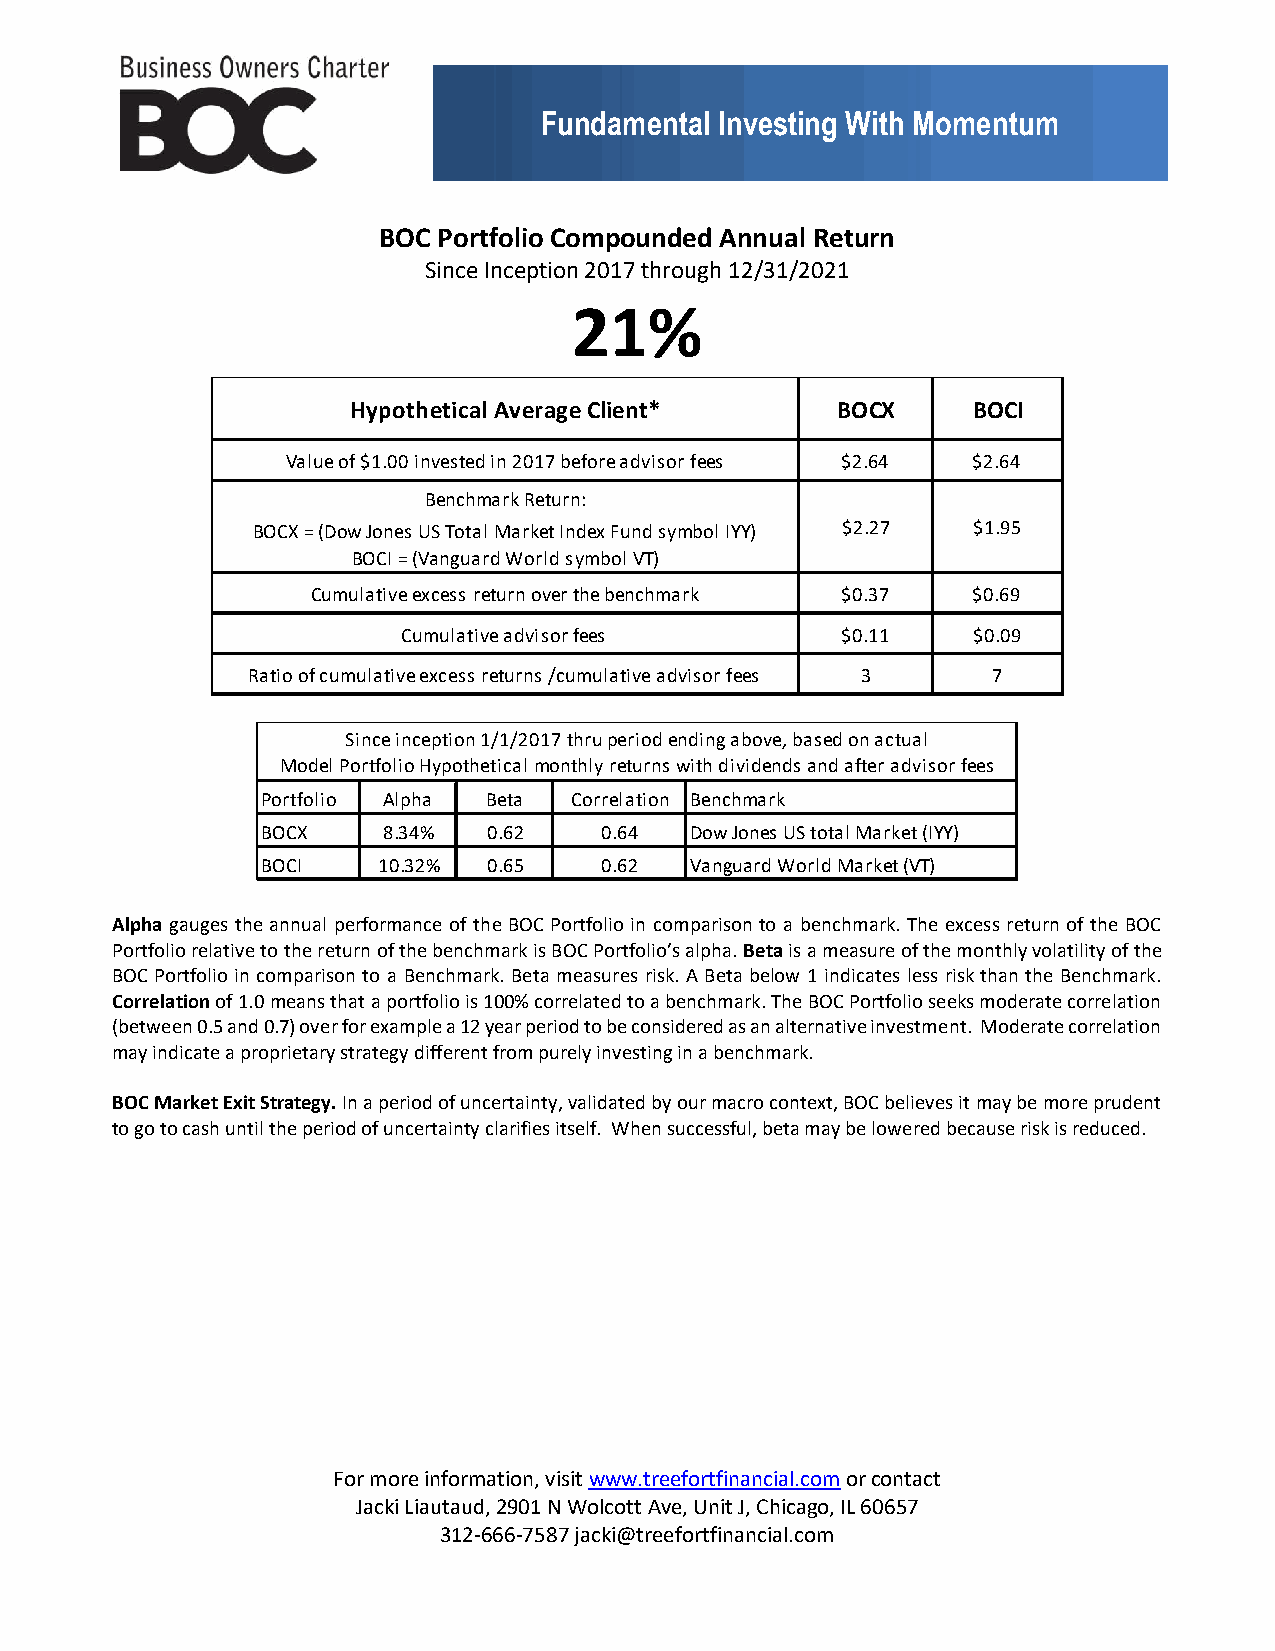
Fundamental Investing With Momentum
 BOC Portfolio Compounded Annual Return
 Since Inception 2017 through 12/31/2021
 21%
 Hypothetical Average Client*    BOCX     BOCI
 Value of $1.00 invested in 2017 before advisor fees $2.64 $2.64
 Benchmark Return:
 BOCX = (Dow Jones US Total Market Index Fund symbol IYY) $2.27 $1.95
 BOCI = (Vanguard World symbol VT)
 Cumulative excess return over the benchmark $0.37 $0.69
 Cumulative advisor fees      $0.11   $0.09
 Ratio of cumulative excess returns /cumulative advisor fees 3 7
 Since inception 1/1/2017 thru period ending above, based on actual
 Model Portfolio Hypothetical monthly returns with dividends and after advisor fees
 Portfolio Alpha Beta Correlation Benchmark
 BOCX    8.34%  0.62    0.64  Dow Jones US total Market (IYY)
 BOCI    10.32% 0.65    0.62  Vanguard World Market (VT)
 Alpha gauges the annual performance of the BOC Portfolio in comparison to a benchmark. The excess return of the BOC
 Portfolio relative to the return of the benchmark is BOC Portfolio’s alpha. Beta is a measure of the monthly volatility of the
 BOC Portfolio in comparison to a Benchmark. Beta measures risk. A Beta below 1 indicates less risk than the Benchmark.
 Correlation of 1.0 means that a portfolio is 100% correlated to a benchmark. The BOC Portfolio seeks moderate correlation
 (between 0.5 and 0.7) over for example a 12 year period to be considered as an alternative investment. Moderate correlation
 may indicate a proprietary strategy different from purely investing in a benchmark.
 BOC Market Exit Strategy. In a period of uncertainty, validated by our macro context, BOC believes it may be more prudent
 to go to cash until the period of uncertainty clarifies itself. When successful, beta may be lowered because risk is reduced.
 For more information, visit www.treefortfinancial.com or contact
 Jacki Liautaud, 2901 N Wolcott Ave, Unit J, Chicago, IL 60657
 312-666-7587 jacki@treefortfinancial.com